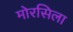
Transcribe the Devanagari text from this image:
मोरसिला